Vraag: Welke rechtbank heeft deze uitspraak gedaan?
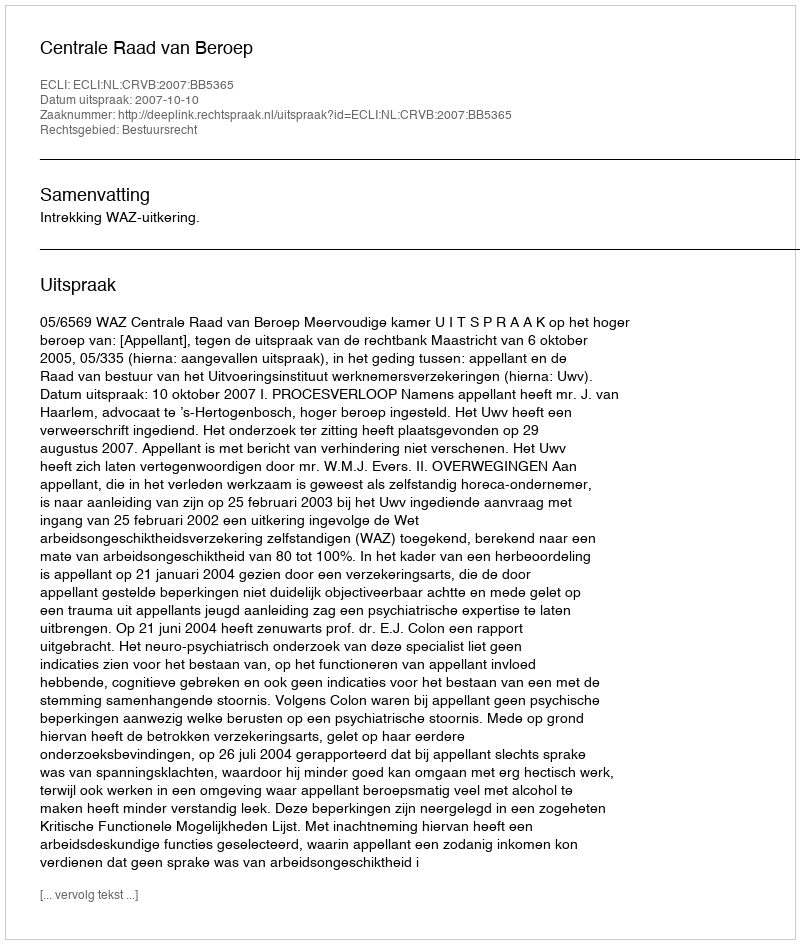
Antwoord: Centrale Raad van Beroep